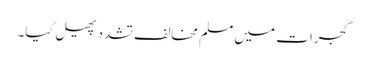
گجرات میں مسلم مخالف تشدد پھیل گیا۔